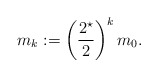
\begin{align*}m_k := \left(\frac{2^{\star}}{2}\right)^k m_0.\end{align*}